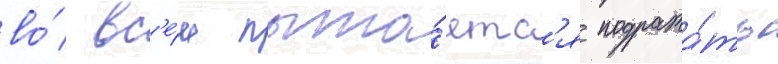
во́ вс'е́м пыта́етс'я подража́ть